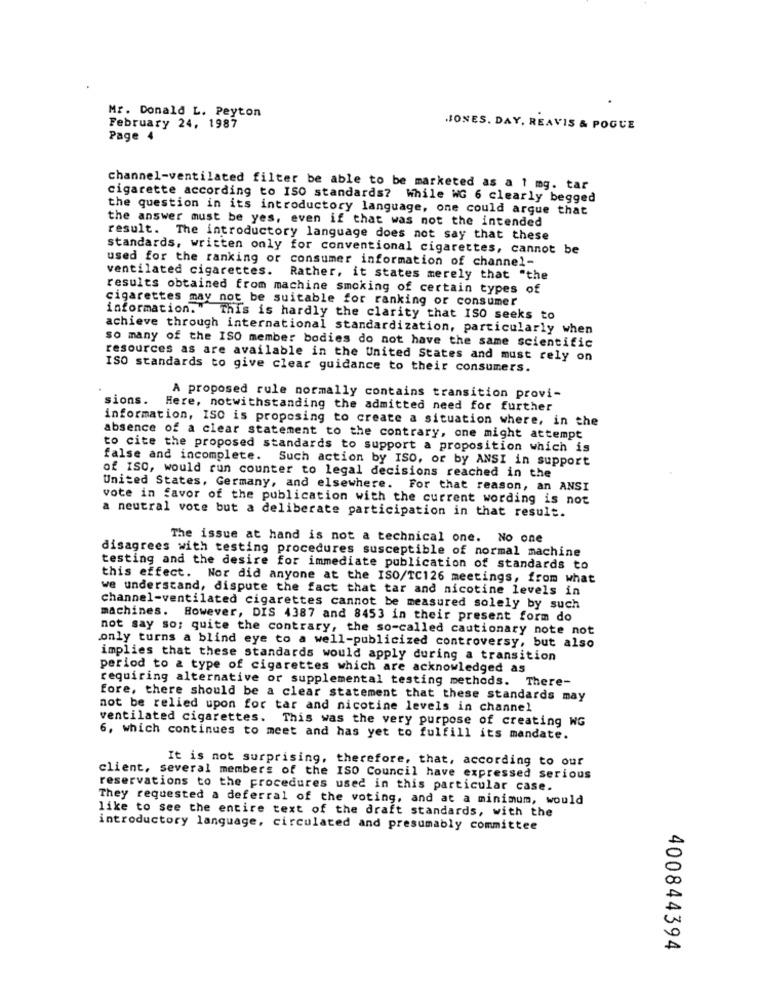
Mr. Donald L. Peyton
February 24, 1987
JONES. DAY, REAVIS & POGUE
Page 4
channel-ventilated filter be able to be marketed as a 1 mg. tar
cigarette according to ISO standards? While WG 6 clearly begged
the question in its introductory language, one could argue that
the answer must be yes, even if that was not the intended
result. The introductory language does not say that these
standards, written only for conventional cigarettes, cannot be
used for the ranking or consumer information of channel-
ventilated cigarettes.
Rather, it states merely that "the
results obtained from machine smoking of certain types of
cigarettes may not be suitable for ranking or consumer
information. " This is hardly the clarity that ISO seeks to
achieve through international standardization, particularly when
so many of the ISO member bodies do not have the same scientific
resources as are available in the United States and must rely on
ISO standards to give clear guidance to their consumers.
sions.
A proposed rule normally contains transition provi-
Here, notwithstanding the admitted need for further
information, ISO is proposing to create a situation where, in the
absence of a clear statement to the contrary, one might attempt
to cite the proposed standards to support a proposition which is
false and incomplete. Such action by ISO, or by ANSI in support
of ISC, would run counter to legal decisions reached in the
United States, Germany, and elsewhere. For that reason, an ANSI
vote in favor of the publication with the current wording is not
a neutral vote but a deliberate participation in that result.
The issue at hand is not a technical one. No one
disagrees with testing procedures susceptible of normal machine
testing and the desire for immediate publication of standards to
this effect. Nor did anyone at the ISO/TC126 meetings, from what
we understand, dispute the fact that tar and nicotine levels in
channel-ventilated cigarettes cannot be measured solely by such
machines. However, DIS 4387 and 8453 in their present form do
not say so; quite the contrary, the so-called cautionary note not
only turns a blind eye to a well-publicized controversy, but also
implies that these standards would apply during a transition
period to & type of cigarettes which are acknowledged as
requiring alternative or supplemental testing methods. There-
fore, there should be a clear statement that these standards may
not be relied upon for tar and nicotine levels in channel
ventilated cigarettes. This was the very purpose of creating WG
6, which continues to meet and has yet to fulfill its mandate.
It is not surprising, therefore, that, according to our
client, several members of the ISO Council have expressed serious
reservations to the procedures used in this particular case.
They requested a deferral of the voting, and at a minimum, would
like to see the entire text of the draft standards, with the
introductory language, circulated and presumably committee
400844394